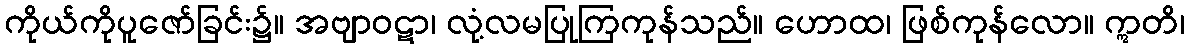
ကိုယ်ကိုပူဇော်ခြင်း၌။ အဗျာဝဋာ၊ လုံ့လမပြုကြကုန်သည်။ ဟောထ၊ ဖြစ်ကုန်လော။ ဣတိ၊